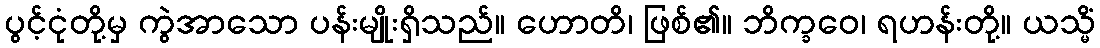
ပွင့်ငုံတို့မှ ကွဲအာသော ပန်းမျိုးရှိသည်။ ဟောတိ၊ ဖြစ်၏။ ဘိက္ခဝေ၊ ရဟန်းတို့။ ယသ္မိံ